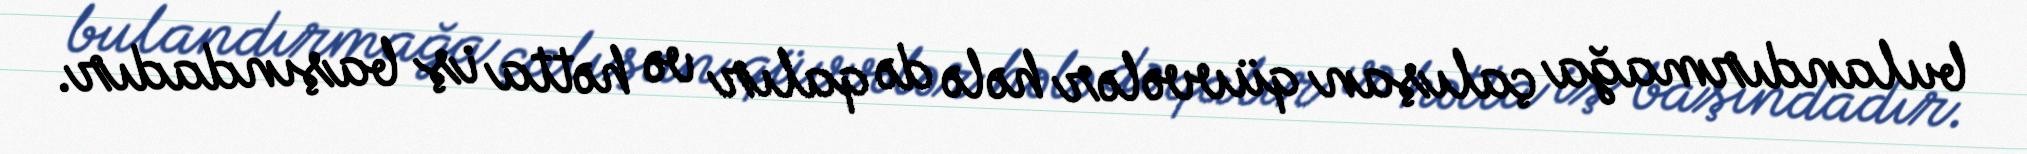
bulandırmağa çalışan qüvvələr hələ də qalır və hətta iş başındadır.